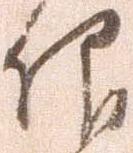
仰